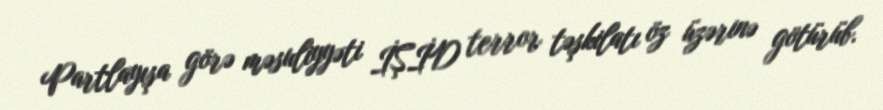
Partlayışa görə məsuliyyəti İŞİD terror təşkilatı öz üzərinə götürüb.